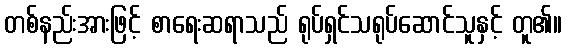
တစ်နည်းအားဖြင့် စာရေးဆရာသည် ရုပ်ရှင်သရုပ်ဆောင်သူနှင့် တူ၏။